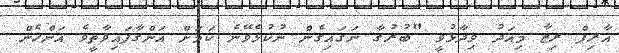
އާރިފް ރިޒާ މިއަދު ވިދާޅުވީ "ބުރުގާ ނަގައިގެން ނުކުޅެވޭނެ ކަމަށް އަންގާފައިވާތީވެ އަންހެން